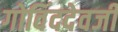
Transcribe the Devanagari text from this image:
गोविंददेवजी